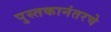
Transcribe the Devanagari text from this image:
पुस्तकानंतरचे